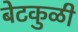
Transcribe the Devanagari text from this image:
बेटकुळी